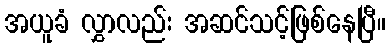
အယူခံ လွှာလည်း အဆင်သင့်ဖြစ်နေပြီ။